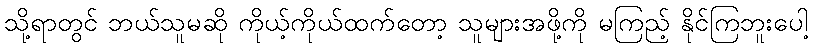
သို့ရာတွင် ဘယ်သူမဆို ကိုယ့်ကိုယ်ထက်တော့ သူများအဖို့ကို မကြည့် နိုင်ကြဘူးပေါ့